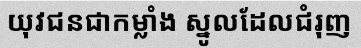
យុវជនជាកម្លាំង ស្នូលដែលជំរុញ